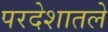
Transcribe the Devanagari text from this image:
परदेशातले